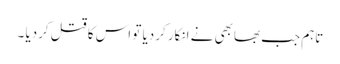
تاہم جب بھابھی نے انکار کردیا تو اس کا قتل کردیا ۔